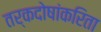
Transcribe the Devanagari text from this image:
तर्कदोषांकरिता